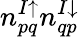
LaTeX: n_{pq}^{I\uparrow}n_{qp}^{I\downarrow}